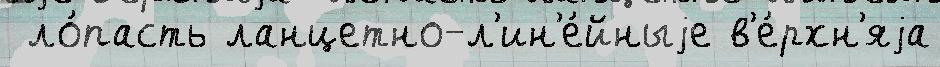
 ло́пасть ланцетно-л'ин'е́йныjе в'е́рхн'яjа